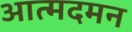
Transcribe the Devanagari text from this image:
आत्मदमन